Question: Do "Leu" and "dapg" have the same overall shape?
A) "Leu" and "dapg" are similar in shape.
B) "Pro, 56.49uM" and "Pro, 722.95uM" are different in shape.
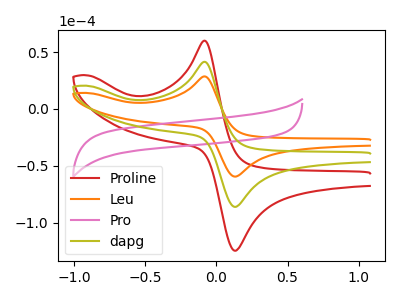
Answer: <think>The red curve "Proline" has an anodic peak at (-0.10V, 83.05uA) and a cathodic peak at (0.15V, -172.15uA). The orange curve "Leu" has an anodic peak at (-0.10V, 28.70uA) and a cathodic peak at (0.15V, -59.45uA). The pink curve "Pro" has no peaks. The olive curve "dapg" has an anodic peak at (-0.10V, 41.55uA) and a cathodic peak at (0.15V, -86.05uA).
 All the peaks in "Leu" have a peak in "dapg" at the same potential. Every peak in "Leu" is lower than every peak in "dapg".</think>
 <answer>A) "Leu" and "dapg" are similar in shape.</answer>
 <eval>A</eval>